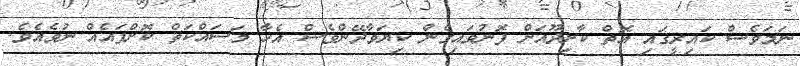
ނަމަވެސް ކައިރީގައި އޮތް ކާށިދޫއަށް ފޮނުވައިގެން ކިޔަވާދޭންވެސް އެހާ މަސައްކަތް ކޮށްފައެއް ނުވެއެވެ.